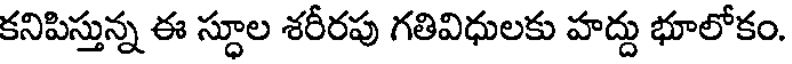
కనిపిస్తున్న ఈ స్థూల శరీరపు గతివిధులకు హద్దు భూలోకం.